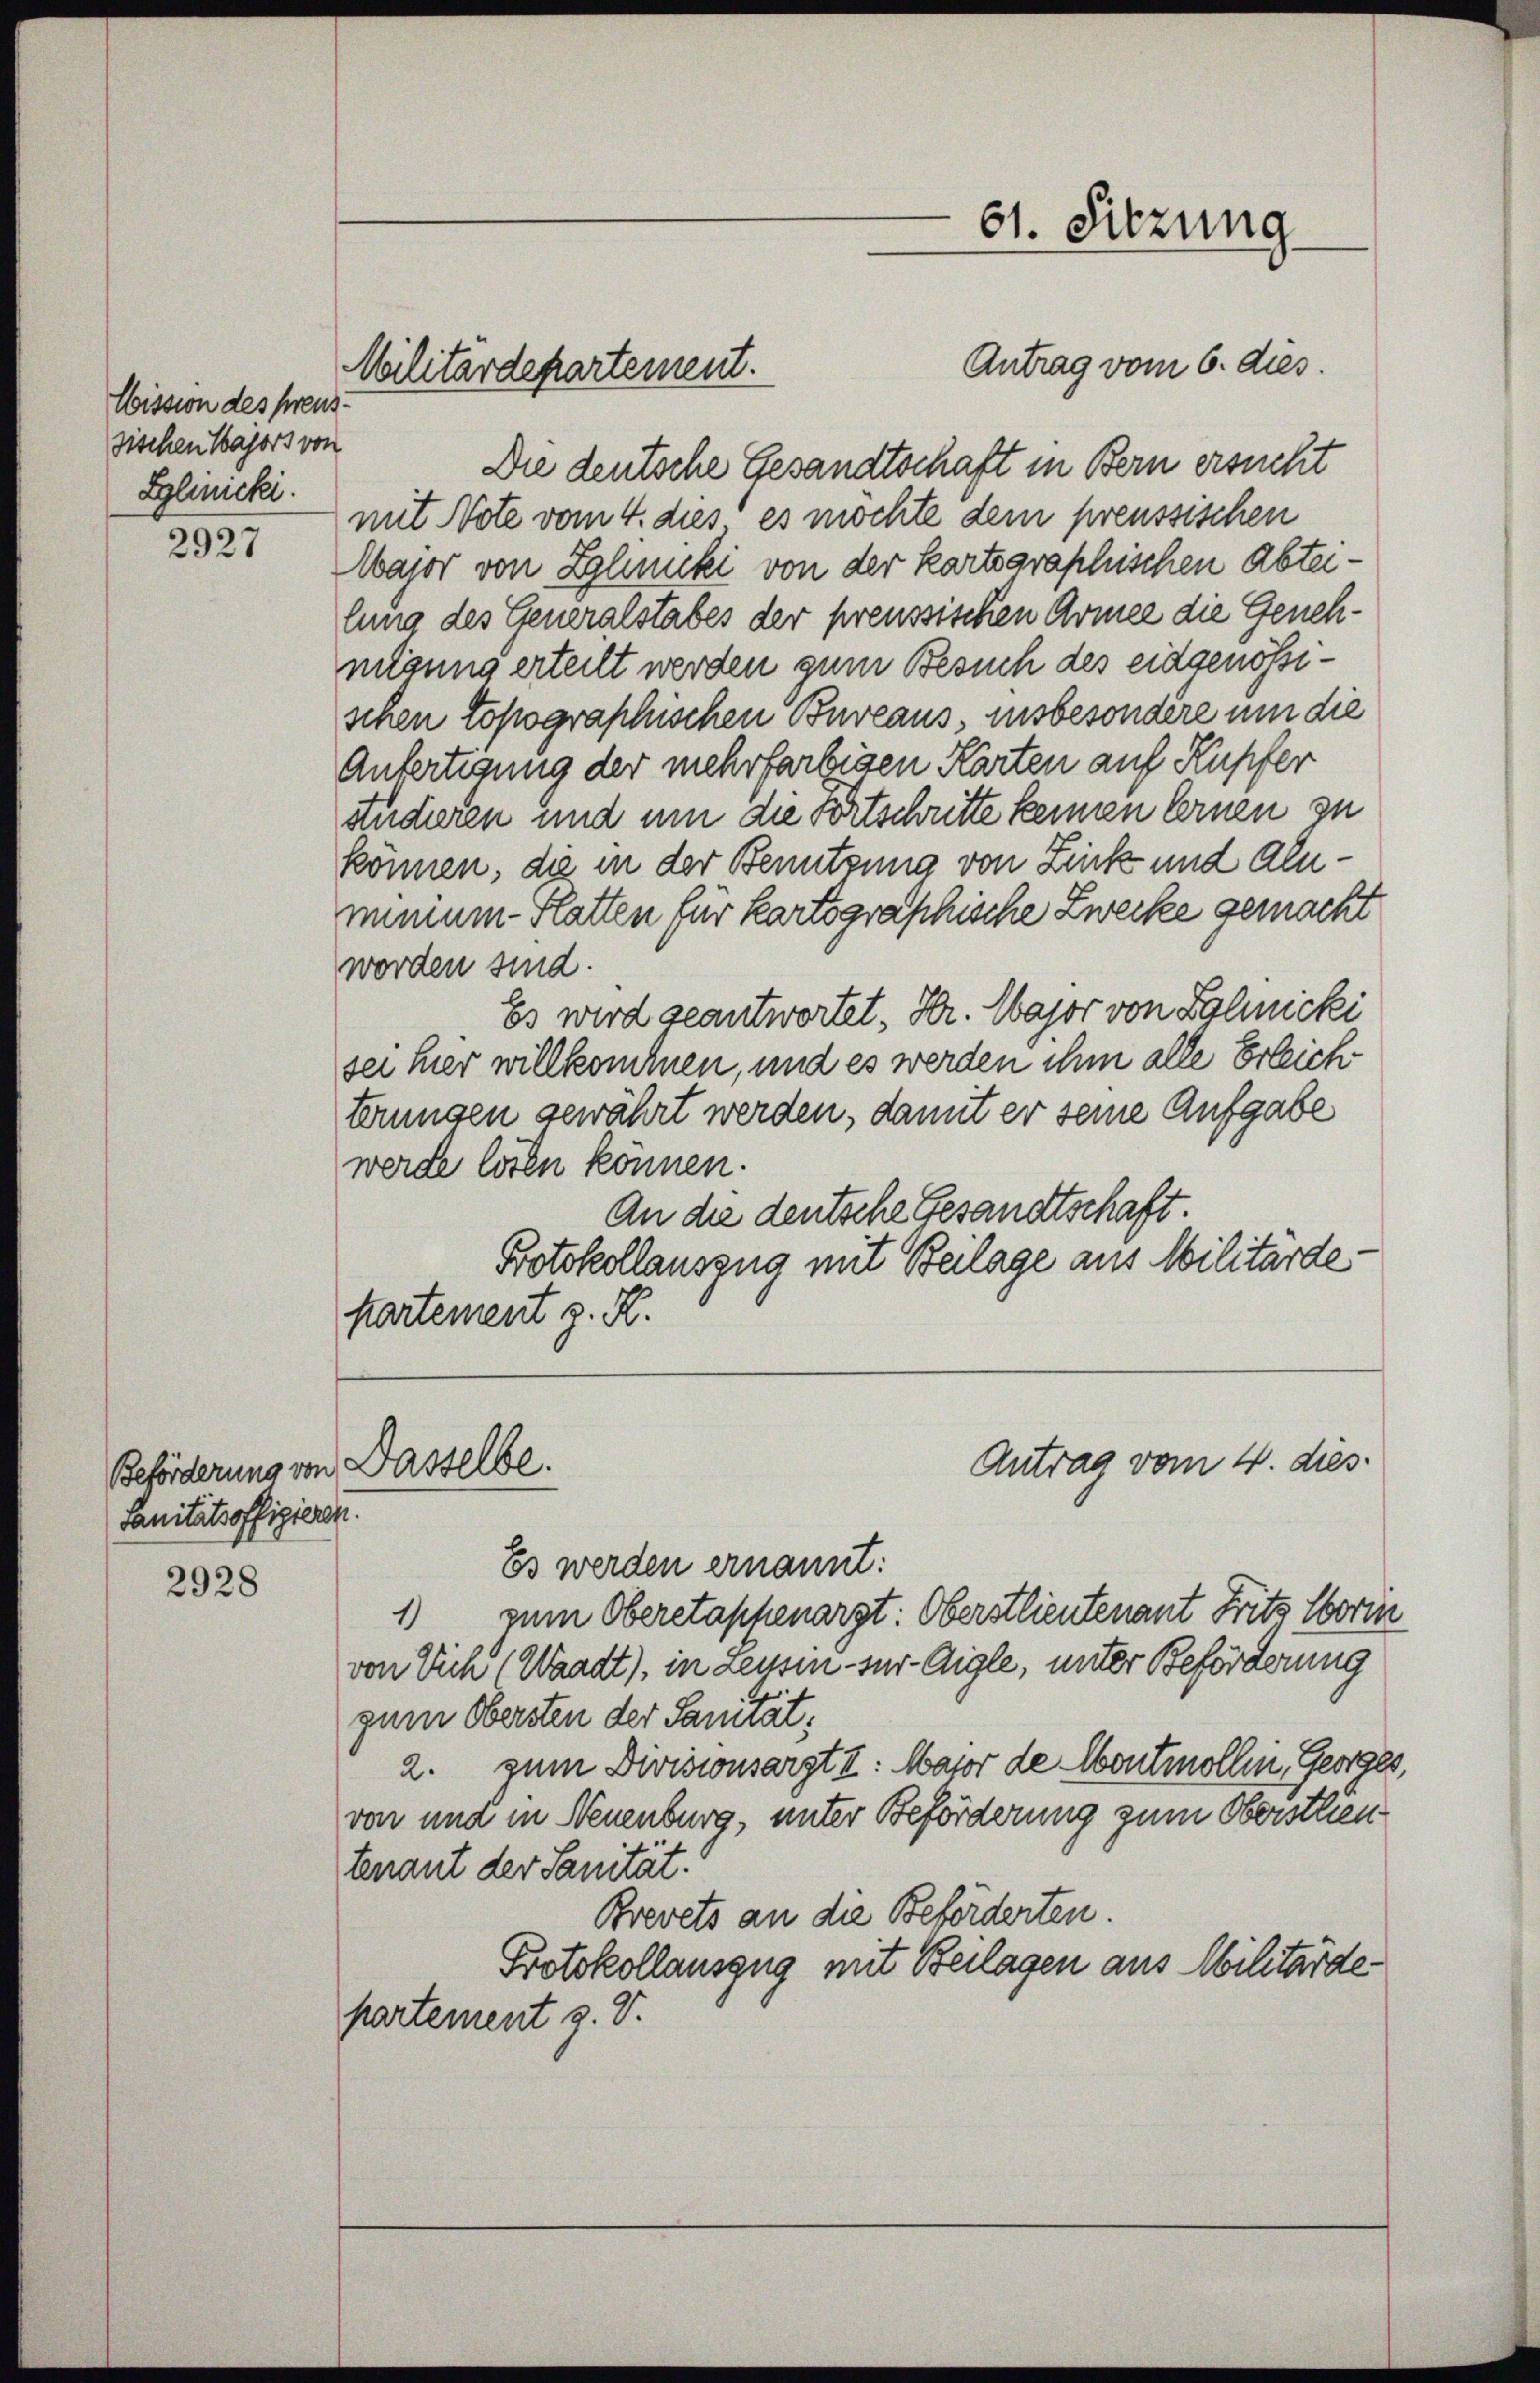
Mission des preus¬
Fischen Majors von
Gglmicki.

2927

Beförderung von Dasselbe.
sanitätsoffigieren.

2928

Die deutsche Gesandtschaft in Bern ersucht
mit Note vom 4. dies es möchte dem preussischen
Major von Zolnuki von der kartegraphischen Abteilung des Generalstabes der preussischen Armee die Genehmsung erteilt werden zum Besuch des eidgenössischen topographischen Bureaus, insbesondere um die
Anfertigung der mehrfarbigen Karten auf Kupfer
studieren und um die Fortschritte keinen lernen zu
können, die in der Benutzung von Zick und Alemeinen Statten für kartographische Zwecke gemacht
worden sind.
Es wird geantwortet, Hr. Major von Zyliicki
sei hier willkommen, und es werden ihm alle Erleichterungen gewährt werden, damit er seine Aufgabe
werde lösen können.
An die deutsche Gesandtschaft.
Protokollauszug mit Beilage aus Militärde:
kartement z. K.

Militärdepartement.

Es werden ernannt:
1) zum Oberstapfenarzt: Oberstlieutenant Frits worin
von Dich (Waadt), in deusen - zur Aigle, unter Beförderung
zum Obersten der Sanität;
2. zum Divisionsarzt I: Major de Montmollen, Georges,
von und in Neuenburg, unter Beförderung zum Obersten
tenant der Sanität.
Brevets an die Beförderten.
Protokollauszug mit Beilagen aus Militärdepartement z. T.

61. Sitzung

Antrag vom 6. dies.

Antrag vom 4. dies